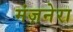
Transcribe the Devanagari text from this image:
मंज़नेरा